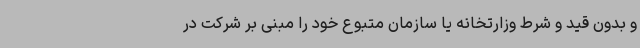
و بدون قید و شرط وزارتخانه یا سازمان متبوع خود را مبنی بر شرکت در